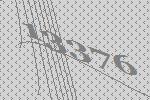
13376